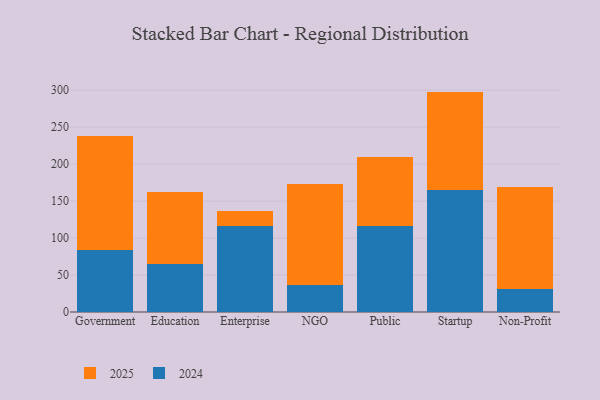
{"axis": {"x": "Segment", "y": "Churn Rate (%)"}, "legend": ["2024", "2025"], "data": [{"x": "Government", "y": 83.5, "type": "2024"}, {"x": "Government", "y": 153.9, "type": "2025"}, {"x": "Education", "y": 64.3, "type": "2024"}, {"x": "Education", "y": 98.0, "type": "2025"}, {"x": "Enterprise", "y": 116.1, "type": "2024"}, {"x": "Enterprise", "y": 20.9, "type": "2025"}, {"x": "NGO", "y": 36.7, "type": "2024"}, {"x": "NGO", "y": 137.1, "type": "2025"}, {"x": "Public", "y": 117.0, "type": "2024"}, {"x": "Public", "y": 93.3, "type": "2025"}, {"x": "Startup", "y": 164.7, "type": "2024"}, {"x": "Startup", "y": 133.4, "type": "2025"}, {"x": "Non-Profit", "y": 31.4, "type": "2024"}, {"x": "Non-Profit", "y": 137.0, "type": "2025"}]}